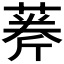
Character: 𦶘